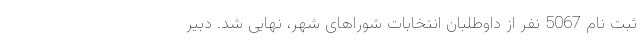
ثبت نام 5067 نفر از داوطلبان انتخابات شوراهای شهر، نهایی شد. دبیر